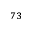
^ { 7 3 }